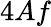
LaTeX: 4Af